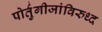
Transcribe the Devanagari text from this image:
पोर्तुगीजांविरुध्द